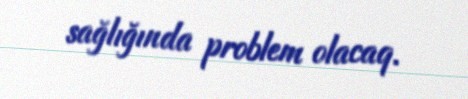
sağlığında problem olacaq.